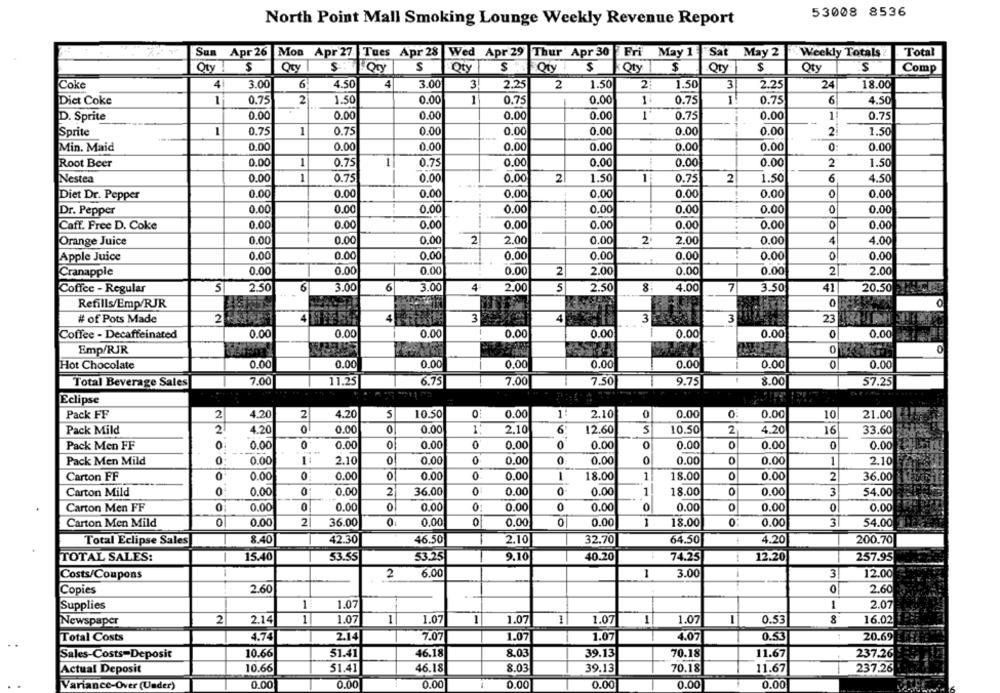
53008 8536
North Point Mall Smoking Lounge Weekly Revenue Report
Sun Apr 26
Mon Apr 27 Tues Apr 28 Wed Apr 29 Thur Apr 30
Fri May 1
Sat May 2
Weekly Totals?
Total
Qty ! $
Qty
S
S .
$
Qty $
$
Qty
$
Comp
Qty
4
Coke
4
3.00
6
4.50
3.00
3
2.25
2
1.50
2
1.50
3
2.25
24
18.00
Diet Coke
1
0.75
2
1.50
0.00
1
0.75
0.00
0.75
-
0.75
6
4.50
D. Sprite
0.00
0.00
0.00
0.00
0.00
-
0.75
0.00
1
0.75
Sprite
1
0.75
1
0.75
0.00
0.00
0.00
0.00
0.00
2
1.50
Min. Maid
0.00
0.00
0.00
0.00
0.00
0.00
0.00
0:
0.00
Root Beer
0.00
1
0.75
-
0.75
0.00
0.00
0.00
0.00
2
1.50
Nestea
0.00
1
0.75
0.00
0.00
2
1.50
1
0.75
2
1.50
6
4.50
0.00
0.00
0.00
0.00
0.00
0.00
0.00
0
0.00
Diet Dr. Pepper
Dr. Pepper
0.00
0.00
0.00
0.00
0.00
0.00
0.00
0
0.00
Caff. Free D. Coke
0.00
0.00
0.00
0.00
0.00
0.00
0.00
0
0.00
Orange Juice
0.00
0.00
0.00
2
2.00
0.00
2
2.00
0.00
4
4.00
Apple Juice
0.00
0.00
- -
0.00
0.00
0.00
0.00
0.00
0
0.00
0.00
0.00
Cranapple
0.00
0.00
2
2.00
0.00
0.00
2
2.00
Coffee - Regular
5
2.50
6
3.00
6
3.00
4
2.00
5
2.50
4.00
7
3.50
41
20.50
Refills/Emp/RJR
0
# of Pots Made
2
4
3
4
3
23
KEX
0.00
0.00
Coffee - Decaffeinated
0.00
0.00
0.00
0.00
0.00
0.00
Emp/RJR
0
Hot Chocolate
0.00
0.00
0.00
0.00
0.00
0.00
0.00
0
0.00
7.00
11.25
8.00
57.25
Total Beverage Sales
6.75
7.00
7.50
9.75
Eclipse
Pack FF
2
4.20
2
4.20
5
10.50
0.00
1:
2.10
0
0.00
0
0.00
10
21.00
Pack Mild
2
4.20
0
0.00
0
0.00
1.
2.10
6
12.60
5
10.50
2
4.20
16
33.60
0
0
0.00
0
Pack Men FF
0.00
0.00
0
0
0.00
0
0.00
0
0.00
0.00
0
0.00
Pack Men Mild
0
0.00
1
2.10
0
0.00
0
0.00
0.00
0
0.00
0
0.00
1
2.10
Carton FF
0.00
0.00
0
0.00
0
0.00
-
18.00
1
18.00
0.00
2
36.00
Carton Mild
0
0.00
0
0.00
2
36.00
0
0.00
0.00
1
18.00
0
0.00
3
54.00
0
0
0.00
Carton Men FF
0.00
0.00
0
0
0.00
0.00
0
0.00
0
0.00
0
0.00
Carton Men Mild
0
0.00
2
36.00
0.
0.00
0
0,00
0
0.00
1
18.00
0
0.00
3
54.00
Total Eclipse Sales
8.40
42.30
46.50
2.10
32.70
64.50
4.20
200.70
TOTAL SALES:
15.40
53.55
53.25
9.10
40.20
74.25
12.20
257.95
Costs/Coupons
2
6.00
1
3.00
3
12.00
2.60
0
Copies
2.60
Supplies
-
1.07
1
2.07
Newspaper
2
2.14
1
1.07
1
1.07
1
1.07
1
1.07
1
1.07
-
0.53
8
16.02
Total Costs
4.74
2.14
7.07
1.07
1.07
4.07
0.53
20.69
8.03
Sales-Costs-Deposit
10.66
51.41
46.18
39.13
70.18
11.67
237.26
Actual Deposit
10.66
51.41
46.18
8.03
39.13
70.18
11.67
237.26
Variance-Over (Under)
0.00
0.00
0.00
0.00
0.00
0.00
0.00